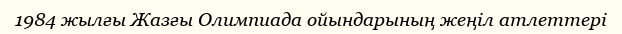
1984 жылғы Жазғы Олимпиада ойындарының жеңіл атлеттері